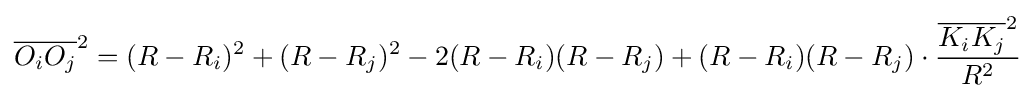
{\overline {O_{i}O_{j}}}^{2}=(R-R_{i})^{2}+(R-R_{j})^{2}-2(R-R_{i})(R-R_{j})+(R-R_{i})(R-R_{j})\cdot {\frac {{\overline {K_{i}K_{j}}}^{2}}{R^{2}}}